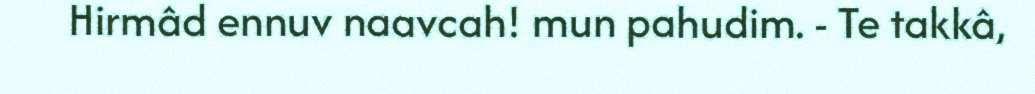
Hirmâd ennuv naavcah! mun pahudim. - Te takkâ,